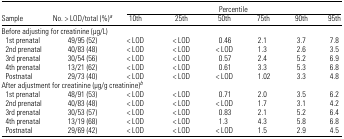
<table><thead><tr><td></td><td></td><td colspan="6"><b>Percentile</b></td></tr><tr><td><b>Sample</b></td><td><b>No. &gt; LOD/total (%)a</b></td><td><b>10th</b></td><td><b>25th</b></td><td><b>50th</b></td><td><b>75th</b></td><td><b>90th</b></td><td><b>95th</b></td></tr></thead><tbody><tr><td colspan="8">Before adjusting for creatinine (μg/L)</td></tr><tr><td> 1st prenatal</td><td>49/95 (52)</td><td>&lt; LOD</td><td>&lt; LOD</td><td>0.46</td><td>2.1</td><td>3.7</td><td>7.8</td></tr><tr><td> 2nd prenatal</td><td>40/83 (48)</td><td>&lt; LOD</td><td>&lt; LOD</td><td>&lt; LOD</td><td>1.3</td><td>2.6</td><td>3.5</td></tr><tr><td> 3rd prenatal</td><td>30/54 (56)</td><td>&lt; LOD</td><td>&lt; LOD</td><td>0.57</td><td>2.4</td><td>5.2</td><td>6.9</td></tr><tr><td> 4th prenatal</td><td>13/21 (62)</td><td>&lt; LOD</td><td>&lt; LOD</td><td>0.61</td><td>3.3</td><td>5.3</td><td>6.8</td></tr><tr><td> Postnatal</td><td>29/73 (40)</td><td>&lt; LOD</td><td>&lt; LOD</td><td>&lt; LOD</td><td>1.02</td><td>3.3</td><td>4.8</td></tr><tr><td colspan="8">After adjustment for creatinine (μg/g creatinine)b</td></tr><tr><td> 1st prenatal</td><td>48/91 (53)</td><td>&lt; LOD</td><td>&lt; LOD</td><td>0.71</td><td>2.0</td><td>3.5</td><td>6.2</td></tr><tr><td> 2nd prenatal</td><td>40/83 (48)</td><td>&lt; LOD</td><td>&lt; LOD</td><td>&lt; LOD</td><td>1.7</td><td>3.1</td><td>4.2</td></tr><tr><td> 3rd prenatal</td><td>30/53 (57)</td><td>&lt; LOD</td><td>&lt; LOD</td><td>0.83</td><td>2.1</td><td>5.2</td><td>6.4</td></tr><tr><td> 4th prenatal</td><td>13/19 (68)</td><td>&lt; LOD</td><td>&lt; LOD</td><td>1.3</td><td>4.3</td><td>5.8</td><td>6.8</td></tr><tr><td> Postnatal</td><td>29/69 (42)</td><td>&lt; LOD</td><td>&lt; LOD</td><td>&lt; LOD</td><td>1.5</td><td>2.9</td><td>4.5</td></tr></tbody></table>